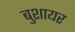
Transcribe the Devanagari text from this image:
बुशायर